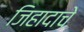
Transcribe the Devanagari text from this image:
जिहादाचे